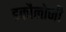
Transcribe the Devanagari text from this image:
इकौलोजी